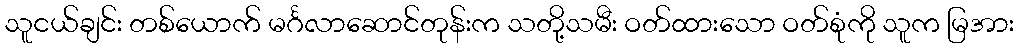
သူငယ်ချင်း တစ်ယောက် မင်္ဂလာဆောင်တုန်းက သတို့သမီး ဝတ်ထားသော ဝတ်စုံကို သူက မြအား